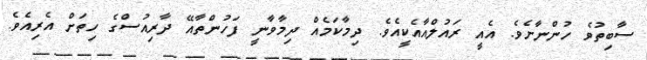
ސާބިތުވެ ހުންނާށެވެ. އެއީ ރައުލްއާއެކީއެވެ. ދިމާކަމެއް ދިމާވާނީ ފަހުންތާއޭ ދާރިއުސްގެ ހިތަށް އެރިއެވެ.